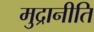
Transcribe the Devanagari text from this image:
मुद्रानीति